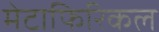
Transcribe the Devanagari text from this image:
मेटाफिरिकल